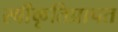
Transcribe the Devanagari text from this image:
स्वीकृतिप्रापत